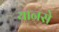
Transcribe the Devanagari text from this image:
यानसे